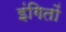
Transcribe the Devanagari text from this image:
इंगितों